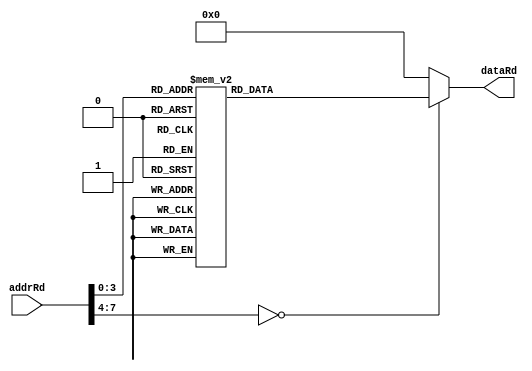
`timescale 1ns / 1ps

module ROM(addrRd, dataRd);
input [7:0] addrRd;
output reg [15:0] dataRd;
always @(*) begin
        case(addrRd)
// synthesis
//	         8'h00   : dataRdRd = 16'hA010;
//          8'h01   : dataRdRd = 16'h5020;
//          8'h02   : dataRdRd = 16'h2810;
//          8'h03   : dataRdRd = 16'h1420;
//          8'h04   : dataRdRd = 16'h0A10;
//          8'h05   : dataRdRd = 16'h0519;
//          8'h06   : dataRdRd = 16'h0A00;
//          8'h07   : dataRdRd = 16'hFFFF;
//          8'h08   : dataRdRd = 16'hFFFF;
//          8'h09   : dataRd = 16'hFFFF;
//          8'h0A   : dataRd = 16'h0A10;
//          8'h0B   : dataRd = 16'h1420;
//          8'h0C   : dataRd = 16'h2810;
//          8'h0D   : dataRd = 16'h5020;
//          8'h0E   : dataRd = 16'h0000;
//          8'h0F   : dataRd = 16'h0000;
//          default : dataRd = 16'h0100;
// simulation
            8'h00   : dataRd = 16'b10000000_00001000;
            8'h01   : dataRd = 16'b01000000_00001000;
            8'h02   : dataRd = 16'b00100000_00001000;
            8'h03   : dataRd = 16'b00010000_00001000;
            8'h04   : dataRd = 16'b00001000_00001000;
            8'h05   : dataRd = 16'b00000100_00001000;
            8'h06   : dataRd = 16'b00000010_00001000;
            8'h07   : dataRd = 16'b00000001_00001000;
            8'h08   : dataRd = 16'b00000010_00001000;
            8'h09   : dataRd = 16'b00000100_00001000;
            8'h0A   : dataRd = 16'b00001000_00001000;
            8'h0B   : dataRd = 16'b00010000_00001000;
            8'h0C   : dataRd = 16'b00100000_00001000;
            8'h0D   : dataRd = 16'b01000000_00001000;
            8'h0E   : dataRd = 16'b00000000_00000000;
            8'h0F   : dataRd = 16'b00000000_00000000;
            default : dataRd = 16'b00000000_00000000;
        endcase
    end
endmodule